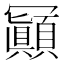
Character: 𠖩